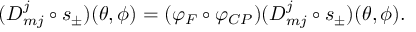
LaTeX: ( D _ { m j } ^ { j } \circ s _ { \pm } ) ( \theta , \phi ) = ( \varphi _ { F } \circ \varphi _ { C P } ) ( D _ { m j } ^ { j } \circ s _ { \pm } ) ( \theta , \phi ) .